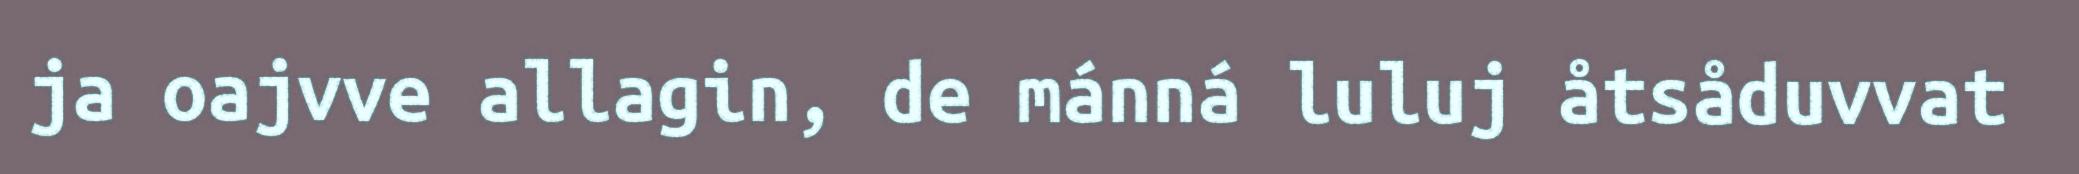
ja oajvve allagin, de mánná luluj åtsåduvvat